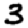
Digit: 3